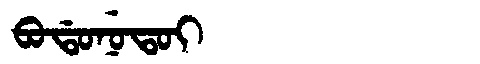
Manchu: ᠪᠣᡩᠣᠨᡠᡨᠣᡳ
Romanization: BODONUTOI